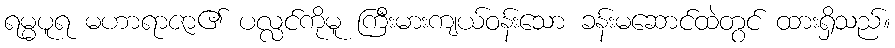
ရမ္မပူရ မဟာရာဇာ၏ ပလ္လင်ကိုမူ ကြီးမားကျယ်ဝန်းသော ခန်းမဆောင်ထဲတွင် ထားရှိသည်။